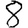
Digit: 8